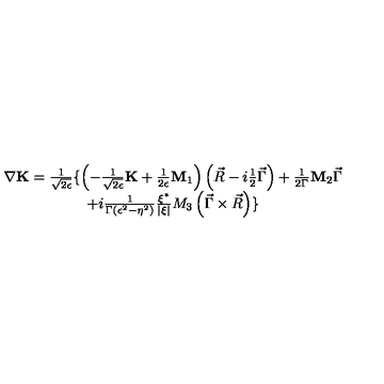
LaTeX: \begin{array} { c } { \nabla { \bf K } = \frac 1 { \sqrt { 2 \epsilon } } \{ \left( - \frac 1 { \sqrt { 2 \epsilon } } { \bf K } + \frac 1 { 2 \epsilon } { \bf M } _ { 1 } \right) \left( \vec { R } - i \frac 1 2 \vec { \Gamma } \right) + \frac 1 { 2 \Gamma } { \bf M } _ { 2 } \vec { \Gamma } } \\ { + i \frac 1 { \Gamma \left( \epsilon ^ { 2 } - \eta ^ { 2 } \right) } \frac { \xi ^ { * } } { \left| \xi \right| } M _ { 3 } \left( \vec { \Gamma } \times \vec { R } \right) \} } \\ \end{array}